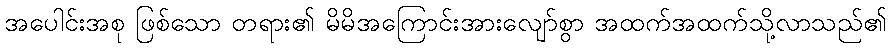
အပေါင်းအစု ဖြစ်သော တရား၏ မိမိအကြောင်းအားလျော်စွာ အထက်အထက်သို့လာသည်၏